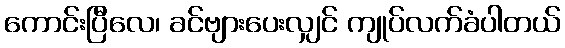
ကောင်းပြီလေ၊ ခင်ဗျားပေးလျှင် ကျုပ်လက်ခံပါတယ်